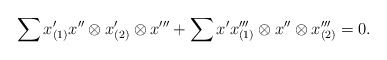
\begin{align*} \sum x'_{(1)} x'' \otimes x'_{(2)} \otimes x''' + \sum x'x'''_{(1)} \otimes x'' \otimes x'''_{(2)} = 0. \end{align*}